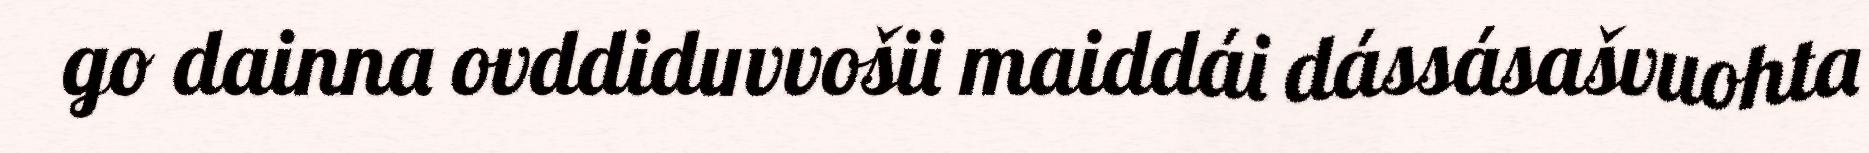
go dainna ovddiduvvošii maiddái dássásašvuohta